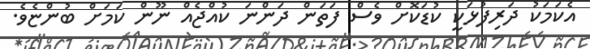
އެކަމަކު ދަރިފުޅަކީ ކުޑަކޮށް ވެސް ފަތަން ދަންނަ ކުއްޖެއް ނޫން ކަމަށް ބުންޏެވެ.